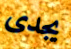
يجدى